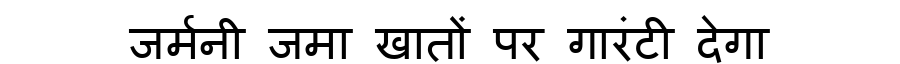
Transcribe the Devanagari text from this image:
जर्मनी जमा खातों पर गारंटी देगा